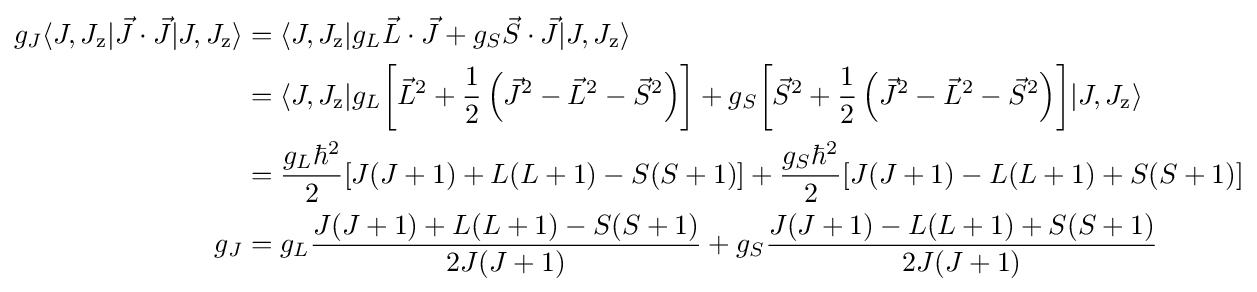
{\begin{aligned}g_{J}\langle J,J_{\text{z}}|{\vec {J}}\cdot {\vec {J}}|J,J_{\text{z}}\rangle &=\langle J,J_{\text{z}}|g_{L}{{\vec {L}}\cdot {\vec {J}}}+g_{S}{{\vec {S}}\cdot {\vec {J}}}|J,J_{\text{z}}\rangle \\&=\langle J,J_{\text{z}}|g_{L}{\left[{\vec {L}}^{2}+{\frac {1}{2}}\left({\vec {J}}^{2}-{\vec {L}}^{2}-{\vec {S}}^{2}\right)\right]}+g_{S}{\left[{\vec {S}}^{2}+{\frac {1}{2}}\left({\vec {J}}^{2}-{\vec {L}}^{2}-{\vec {S}}^{2}\right)\right]}|J,J_{\text{z}}\rangle \\&={\frac {g_{L}\hbar ^{2}}{2}}[J(J+1)+L(L+1)-S(S+1)]+{\frac {g_{S}\hbar ^{2}}{2}}[J(J+1)-L(L+1)+S(S+1)]\\g_{J}&=g_{L}{\frac {J(J+1)+L(L+1)-S(S+1)}{2J(J+1)}}+g_{S}{\frac {J(J+1)-L(L+1)+S(S+1)}{2J(J+1)}}\end{aligned}}